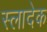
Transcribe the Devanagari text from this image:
स्लादेक